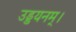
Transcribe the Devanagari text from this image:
उड्डयनम्।